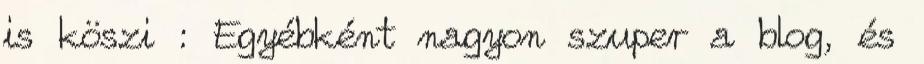
is köszi : Egyébként nagyon szuper a blog, és